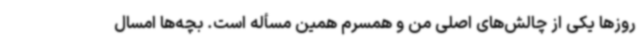
روزها یکی از چالش‌های اصلی من و همسرم همین مسأله است. بچه‌ها امسال